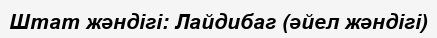
Штат жәндігі: Лайдибаг (әйел жәндігі)